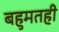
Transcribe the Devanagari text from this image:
बहुमतही